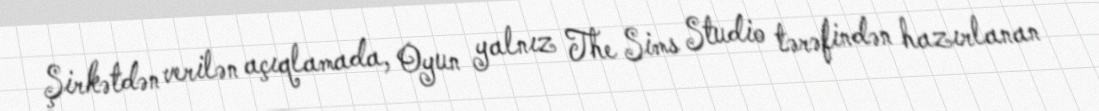
Şirkətdən verilən açıqlamada, Oyun yalnız The Sims Studio tərəfindən hazırlanan